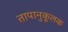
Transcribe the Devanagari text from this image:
तापानुकूलक